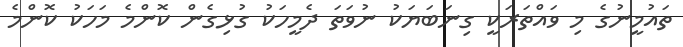
ތައުމީނުގެ މި ވައްތަރަކީ ގިނަބަޔަކު ނުވަތަ ދެމީހަކު ގުޅިގެން ކޮންމެ މަހަކު ކޮންމެ